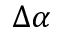
\Delta \alpha